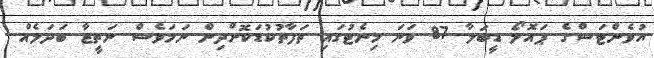
ޔުވެންޓަސްގެ ޕައޮލޯ ޑީބަލާ 87 ވަނަ މިނެޓުގައި ތަފާތުކުޑަކޮށްދިން ނަމަވެސް ނަތީޖާ ބަދަލެއް